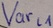
Text: Varl1